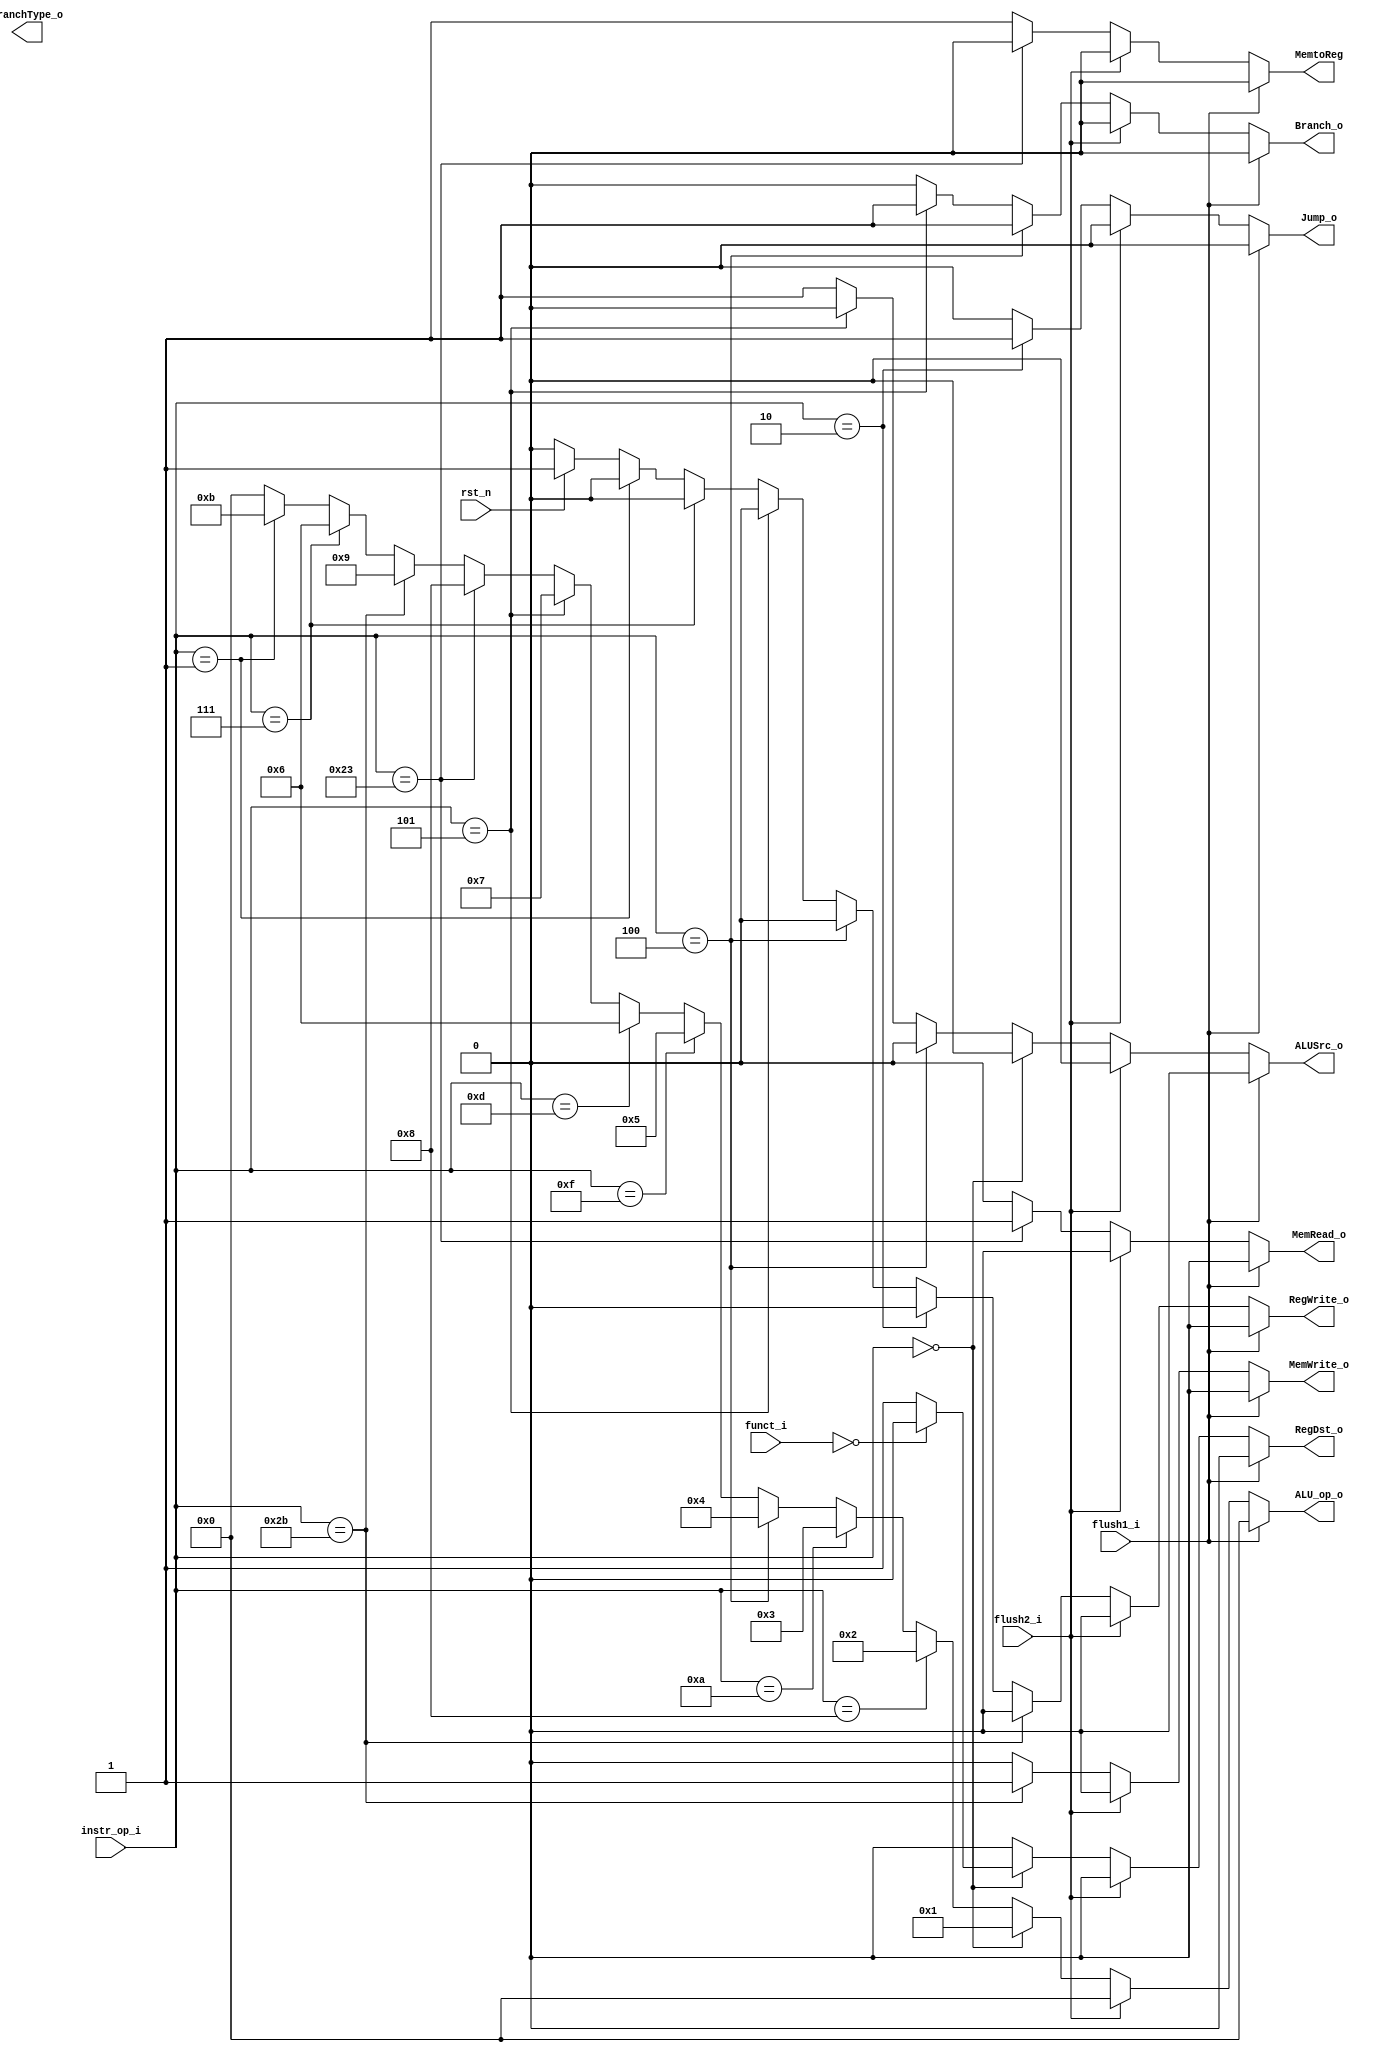
//Subject:     CO project 2 - Decoder
//--------------------------------------------------------------------------------
//Version:     1
//--------------------------------------------------------------------------------
//Writer:      
//----------------------------------------------
//Date:        
//----------------------------------------------
//Description: 
//--------------------------------------------------------------------------------

module Decoder(
	rst_n,
    instr_op_i,
	funct_i,
	flush1_i,
	flush2_i,
	RegWrite_o,
	ALU_op_o,
	ALUSrc_o,
	RegDst_o,
	Branch_o,
	BranchType_o,
	Jump_o,
	MemRead_o,
	MemWrite_o,
	MemtoReg
	);
     
//I/O ports
input  [6-1:0] instr_op_i;
input      [6-1:0] funct_i;
input rst_n;
input flush1_i;
input flush2_i;

output         RegWrite_o;
output [4-1:0] ALU_op_o;
output         ALUSrc_o;
output         RegDst_o;
output         Branch_o;
output [1:0] BranchType_o;
output	Jump_o;
output	MemRead_o;
output	MemWrite_o;
output	 MemtoReg;
 
//Internal Signals
wire    [4-1:0] ALU_op_o;
wire            ALUSrc_o;
wire            RegWrite_o;
wire            RegDst_o;
wire            Branch_o;
wire	Jump_o;
wire	MemRead_o;
wire	MemWrite_o;
wire 	MemtoReg;
wire shamt_imme;
wire [1:0] BranchType_o;
//Parameter


//Main function
assign BranchType = (instr_op_i==6'b000111)?2'b01:
			(instr_op_i==6'b000101)?2'b11:
			(instr_op_i==6'b000001)?2'b10:0;
assign ALUSrc_o = (flush1_i==1)?0:(flush2_i==1)?0:(instr_op_i==6'd0)?1'b0:
			(instr_op_i==6'd4)?1'b0:
			(instr_op_i==6'd5)?1'b0:1'b1;
assign RegWrite_o = (flush1_i==1)?0:(flush2_i==1)?0:(instr_op_i==6'b101011)?1'b0:
			(instr_op_i==6'b000010)?1'b0:
			(instr_op_i==6'd4)?1'b0:
			(instr_op_i==6'd5)?1'b0:
			(instr_op_i==6'b000010)?1'b0:
			(instr_op_i==6'b000111)?1'b0:
			(instr_op_i==6'b000101)?1'b0:
			(instr_op_i==6'b000001)?1'b0:
			(rst_n==0)?1'b0:1'b1;
assign ALU_op_o = (flush1_i==1)?0:(flush2_i==1)?0:(instr_op_i==6'd0)?4'b0001:		//ADD, SUB, AND, OR, SLT, SLL, SRLV, MUL
			(instr_op_i==6'd8)?4'b0010:	//ADDI
			(instr_op_i==6'd10)?'b0011:	//SLTI
			(instr_op_i==6'd4)?4'b0100:	//BEQ
			(instr_op_i==6'd15)?4'b0101:	//LUI
			(instr_op_i==6'd13)?4'b0110:	//ORI
			(instr_op_i==6'd5)?4'b0111:	//BNE
			(instr_op_i==6'b100011)?4'b1000:
			(instr_op_i==6'b101011)?4'b1001:
			(instr_op_i==6'b000111)?4'b0110:	//BGT
			(instr_op_i==6'b000101)?4'b1010:	//BNEZ
			(instr_op_i==6'b000001)?4'b1011:0;	//BGEZ

assign RegDst_o = (flush1_i==1)?0:(flush2_i==1)?0:(instr_op_i==6'd0)?(funct_i==6'd0)?1'b0:1'b1:1'b0;
assign Branch_o = (flush1_i==1)?0:(flush2_i==1)?0:(instr_op_i==6'd4)?1'b1:
			(instr_op_i==6'd5)?1'b1:1'b0;
assign Jump_o = (flush1_i==1)?0:(flush2_i==1)?0:(instr_op_i == 6'b000010)?1:0;
assign MemRead_o = (flush1_i==1)?0:(flush2_i==1)?0:(instr_op_i == 6'b100011)?1:0;
assign MemWrite_o = (flush1_i==1)?0:(flush2_i==1)?0:(instr_op_i == 6'b101011)?1:0;
assign MemtoReg = (flush1_i==1)?0:(flush2_i==1)?0:(instr_op_i == 6'b100011)?0:1;	

endmodule